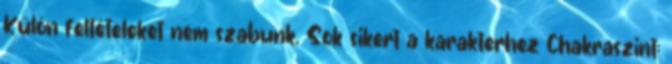
Külön feltételeket nem szabunk. Sok sikert a karakterhez Chakraszint: